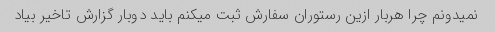
نمیدونم چرا هربار ازین رستوران سفارش ثبت میکنم باید دوبار گزارش تاخیر بیاد